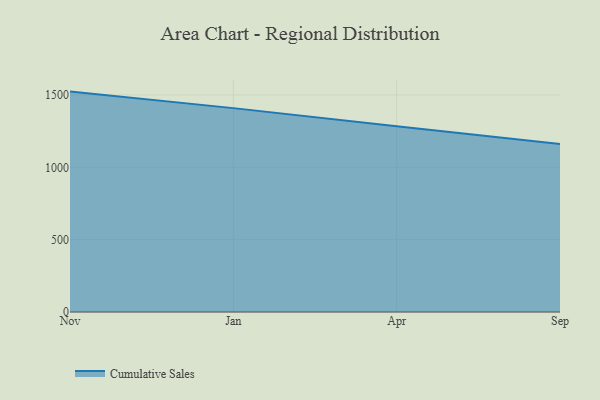
{"axis": {"x": "Month", "y": "Page Views"}, "legend": ["Cumulative Sales"], "data": [{"x": "Nov", "y": 1523.1, "type": "Cumulative Sales"}, {"x": "Jan", "y": 1408.9, "type": "Cumulative Sales"}, {"x": "Apr", "y": 1282.9, "type": "Cumulative Sales"}, {"x": "Sep", "y": 1160.7, "type": "Cumulative Sales"}]}